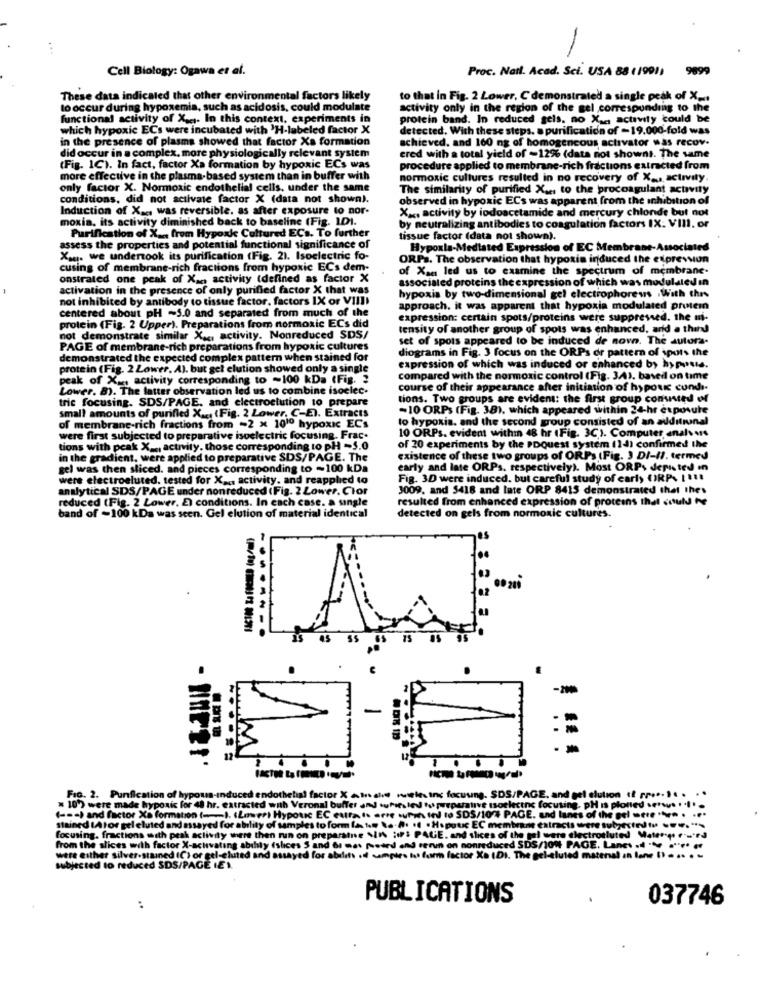
Cell Biology: Ogawa et al.
Proc. Natl. Acad. Sci. USA 88 ( 1991) 9899
These data indicated that other environmental factors likely
to that in Fig. 2 Lower, C demonstrated a single peak of X _..
to occur during hypoxemia, such as acidosis, could modulate
activity only in the region of the gel corresponding to the
functional activity of X ,.,. In this context, experiments in
protein band. In reduced gels. no X ... activity could be
which hypoxic ECs were incubated with 'H-labeled factor X
detected. With these steps. a purification of -19.000-fold was
in the presence of plasma showed that factor Xa formation
achieved. and 160 ng of homogeneous activator was recov.
did occur in a complex, more physiologically relevant system
ered with a total yield of -12% (data not shownt. The same
(Fig. 1C). In fact, factor Xa formation by hypoxic ECs was
procedure applied to membrane-rich fractions extracted from
more effective in the plasma-based system than in buffer with
normoxic cultures resulted in no recovery of X ... activity.
only factor X. Normoxic endothelial cells, under the same
The similarity of purified X ... to the procoagulant activity
conditions, did not activate factor X (data not shown).
observed in hypoxic ECs was apparent from the inhibition of
Induction of Xa, was reversible. as after exposure to nor-
X ., activity by iodoacetamide and mercury chlonde but not
moxia, its activity diminished back to baseline (Fig. IDI.
by neutralizing antibodies to coagulation factors IX. VIII. or
Purification of X ... from Hypoxk Cultured ECs. To further
tissue factor (data not shown).
assess the properties and potential functional significance of
Hypoxia-Mediated Expression of EC Membrane-Associated
Xau. we undertook its purification (Fig. 2). Isoelectric fo-
ORPs. The observation that hypoxia induced the expression
cusing of membrane-rich fractions from hypoxic ECs dem-
of Xa led us to examine the spectrum of membrane.
onstrated one peak of Xan activity (defined as factor X
associated proteins the expression of which was modulated in
activation in the presence of only purified factor X that was
hypoxia by two-dimensional gel electrophoresis With this
not inhibited by antibody to tissue factor. factors IX or VIIII
approach. it was apparent that hypoxia modulated protein
centered about pH ~5.0 and separated from much of the
expression: certain spots/proteins were suppressed. the mi-
protein (Fig. 2 Upper). Preparations from normoxic ECs did
tensity of another group of spots was enhanced, ard a thin
not demonstrate similar X .., activity. Nonreduced SDS/
set of spots appeared to be induced de now. The autora-
PAGE of membrane-rich preparations from hypoxic cultures
diograms in Fig. 3 focus on the ORPs or pattern of \pots the
demonstrated the expected complex pattern when stained for
protein (Fig. 2 Lower. A). but gel elution showed only a single
expression of which was induced or enhanced by hypote.
peak of X .. activity corresponding to -100 kDa (Fig. 3
compared with the normoxic control (Fig. 3.4), based on time
Lower. 8). The latter observation led us to combine isoelec.
course of their appearance after initiation of hypouk cund ..
trie focusing. SDS/PAGE, and electroetution to prepare
tions. Two groups are evident: the first group conusted el
small amounts of purified X ... (Fig. 2 Lower, C-E). Extracts
-10 ORPs (Fig. 38), which appeared within 24-hr exposure
to hypoxia. and the second group consisted of an additional
of membrane-rich fractions from -2 x 1010 hypoxic ECs
10 ORPs. evident withm 48 hr (Fig. 3C). Computer analvars
were first subjected to preparative isoelectric focusing. Frac.
tions with peak X _., activity. those corresponding to PH -5.0
of 20 experiments by the PDQuest system (14) confirmed the
in the gradient, were applied to preparative SDS/PAGE. The
existence of these two groups of ORPs (Fig. ) DI-II. termes
gel was then sliced. and pieces corresponding to ~100 kDa
early and late ORPs. respectively). Most ORPs derited in
were electroeluted, tested for X .... activity, and reapplied to
Fig. 3D were induced. but careful study of early OIRP. [ 118
analytical SDS/PAGE under nonreduced ( Fig. 2 Lower. Clor
3009, and 5418 and late ORP 8415 demonstrated that thes
reduced (Fig. 2 Lower, E) conditions. In cach case. a single
resulted from enhanced expression of proteins that could te
detected on gels from normoxic cultures.
band of -100 kDa was seen. Gel elution of material identical
= 10% were made hypoxic for 48 hr. extracted
FIG. 2. Purification of hypous-induced endothelin! factor X +1salve russie.inc focuung. SDS/PAGE, and gel elution ( pr ..... . ..
= 10) were made hypoxic for 48 hr. extracted with Veronal buffer and tufie.led to preparative toelectnc focusing. pH is ploned seraus . . l .
( === ) and factor Xs formation (-I. (mer) Hypoxic EC eutra is erre uren IN to SDS/10/ PAGE. and lunes of the gel mere ". . ...
stained (Ator gel eluted and assayed for ability of samples to form (A to a·A· · · Hspour EC membrane extracts were tubected to ....***
focusing. fractions with peak activity where then run on preparatne SIN ;IP: PAGE, and slices of the gal were electrocuted Matery ru'td
from the slices with factor X-activating ability (slices 5 and 61 met sted and renun on nonreduced SDS/10% PAGE. Lanes . ** ***** **
were either silver-stained (C) or gel-eluted and assayed for abilits .if samples but form factor Xa (D). The gel-aluted matenal an lane (. . .. . .
id for
subjected to reduced SDS/PAGE IE).
PUBLICATIONS
037746